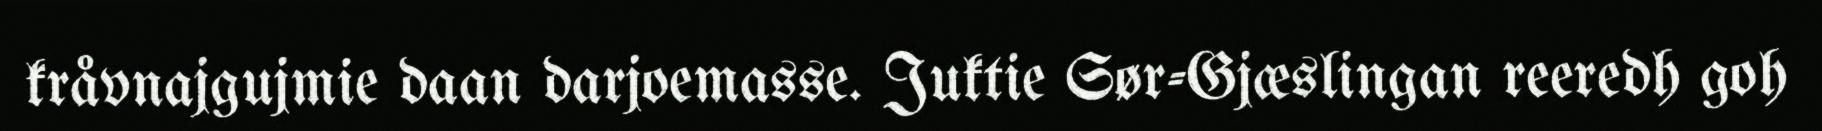
kråvnajgujmie daan darjoemasse. Juktie Sør-Gjæslingan reeredh goh